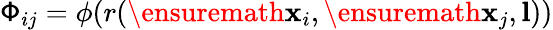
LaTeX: \mathsf{\Phi}_{ij}=\phi(r(\ensuremath{\mathbf{x}}_{i},\ensuremath{\mathbf{x}}_{j},\textbf{l}))